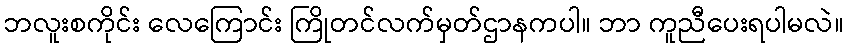
ဘလူးစကိုင်း လေကြောင်း ကြိုတင်လက်မှတ်ဌာနကပါ။ ဘာ ကူညီပေးရပါမလဲ။